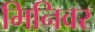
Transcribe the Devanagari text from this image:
मिनिवर